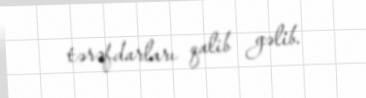
tərəfdarları qalib gəlib.